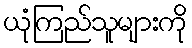
ယုံကြည်သူများကို